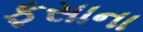
ફસાના